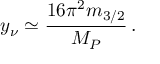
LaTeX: y _ { \nu } \simeq \frac { 1 6 \pi ^ { 2 } m _ { 3 / 2 } } { M _ { P } } \, .